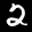
Label: 2